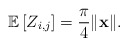
\begin{align*} \mathbb{E}\left[Z_{ i,j}\right] = \frac{\pi}{4} \|\mathbf{x}\|. \end{align*}